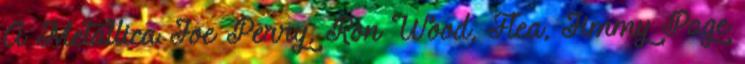
A Metallica Joe Perry, Ron Wood, Flea, Jimmy Page